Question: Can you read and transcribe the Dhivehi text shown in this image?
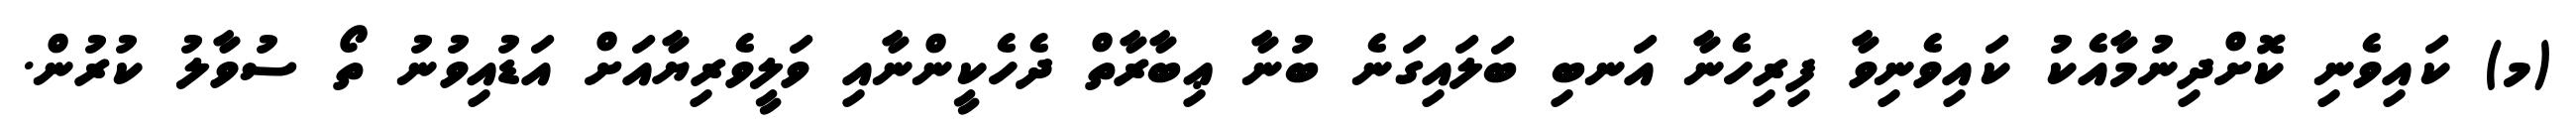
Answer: (މ) ކައިވެނި ކޮށްދިނުމާއެކު ކައިވެނިވާ ފިރިހެނާ އަނބި ބަލައިގަނެ ބުނާ ޢިބާރާތް ދެހެކީންނާއި ވަލީވެރިޔާއަށް އަޑުއިވުނު ތޯ ސުވާލު ކުރުން.